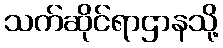
သက်ဆိုင်ရာဌာနသို့